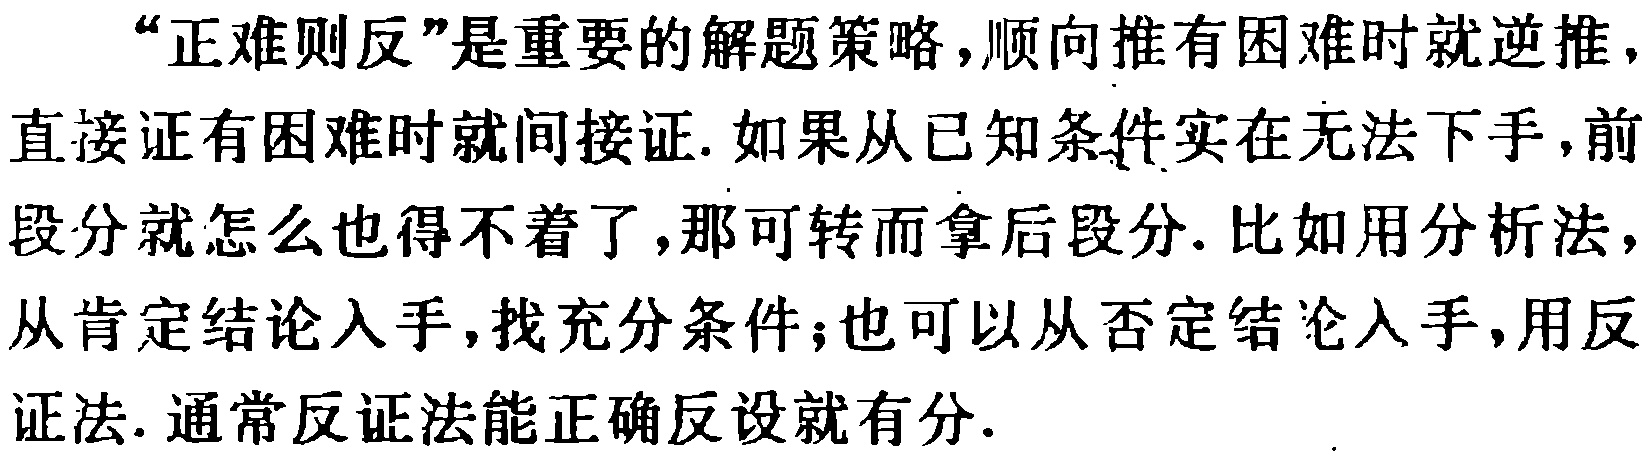
“正难则反”是重要的解题策略，顺向推有困难时就逆推，直接证有困难时就间接证. 如果从已知条件实在无法下手，前段分就怎么也得不着了，那可转而拿后段分. 比如用分析法，从肯定结论入手，找充分条件；也可以从否定结论入手，用反证法. 通常反证法能正确反设就有分.